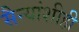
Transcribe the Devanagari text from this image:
सैन्यांशीही